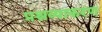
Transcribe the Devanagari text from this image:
प्रश्नव्याकरण